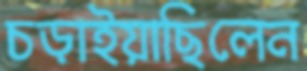
চড়াইয়াছিলেন